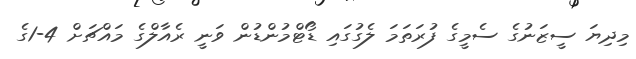
މިދިޔަ ސީޒަނުގެ ސެމީގެ ފުރަތަމަ ލެގުގައި ޑޯޓްމުންޑުން ވަނީ ރެއާލްގެ މައްޗަށް 4-1ގެ